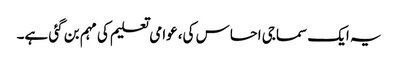
یہ ایک سماجی احساس کی، عوامی تعلیم کی مہم بن گئی ہے۔